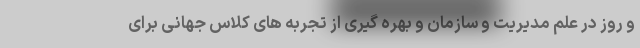
و روز در علم مدیریت و سازمان و بهره گیری از تجربه های کلاس جهانی برای